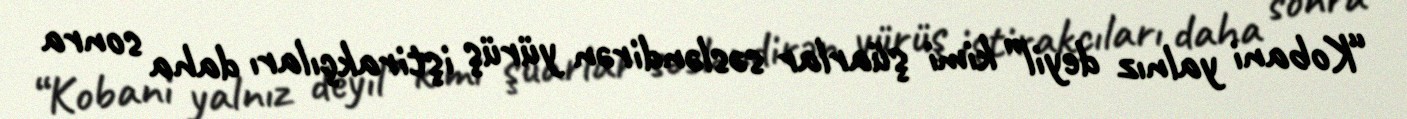
“Kobani yalnız deyil” kimi şüarlar səsləndirən yürüş iştirakçıları daha sonra